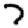
Digit: 7